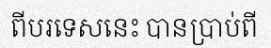
ពីបរទេសនេះ បានប្រាប់ពី